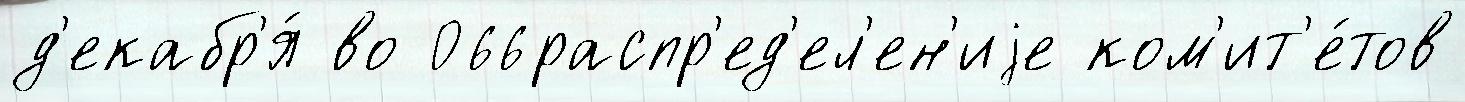
д'екабр'я́ во 066распр'ед'ел'ен'иjе ком'ит'е́тов